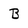
Character: B